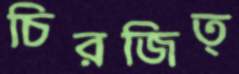
চিরজিত্